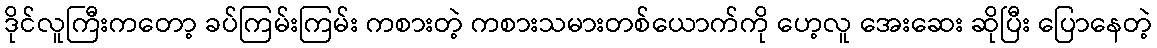
ဒိုင်လူကြီးကတော့ ခပ်ကြမ်းကြမ်း ကစားတဲ့ ကစားသမားတစ်ယောက်ကို ဟေ့လူ အေးဆေး ဆိုပြီး ပြောနေတဲ့